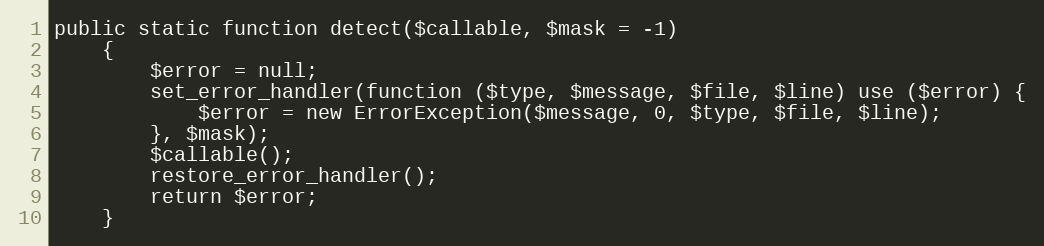
Language: PHP
public static function detect($callable, $mask = -1)
    {
        $error = null;
        set_error_handler(function ($type, $message, $file, $line) use ($error) {
            $error = new ErrorException($message, 0, $type, $file, $line);
        }, $mask);
        $callable();
        restore_error_handler();
        return $error;
    }